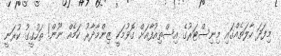
މިފަދަ ހާލަތެއްގައި މިނިސްޓަރުގެ އިސްތިއުފާއަށް ގޮވުމަކީ ޒިންމާދާރު ކަމެއް ނޫން! ތަހުގީގު ކުރަނީ